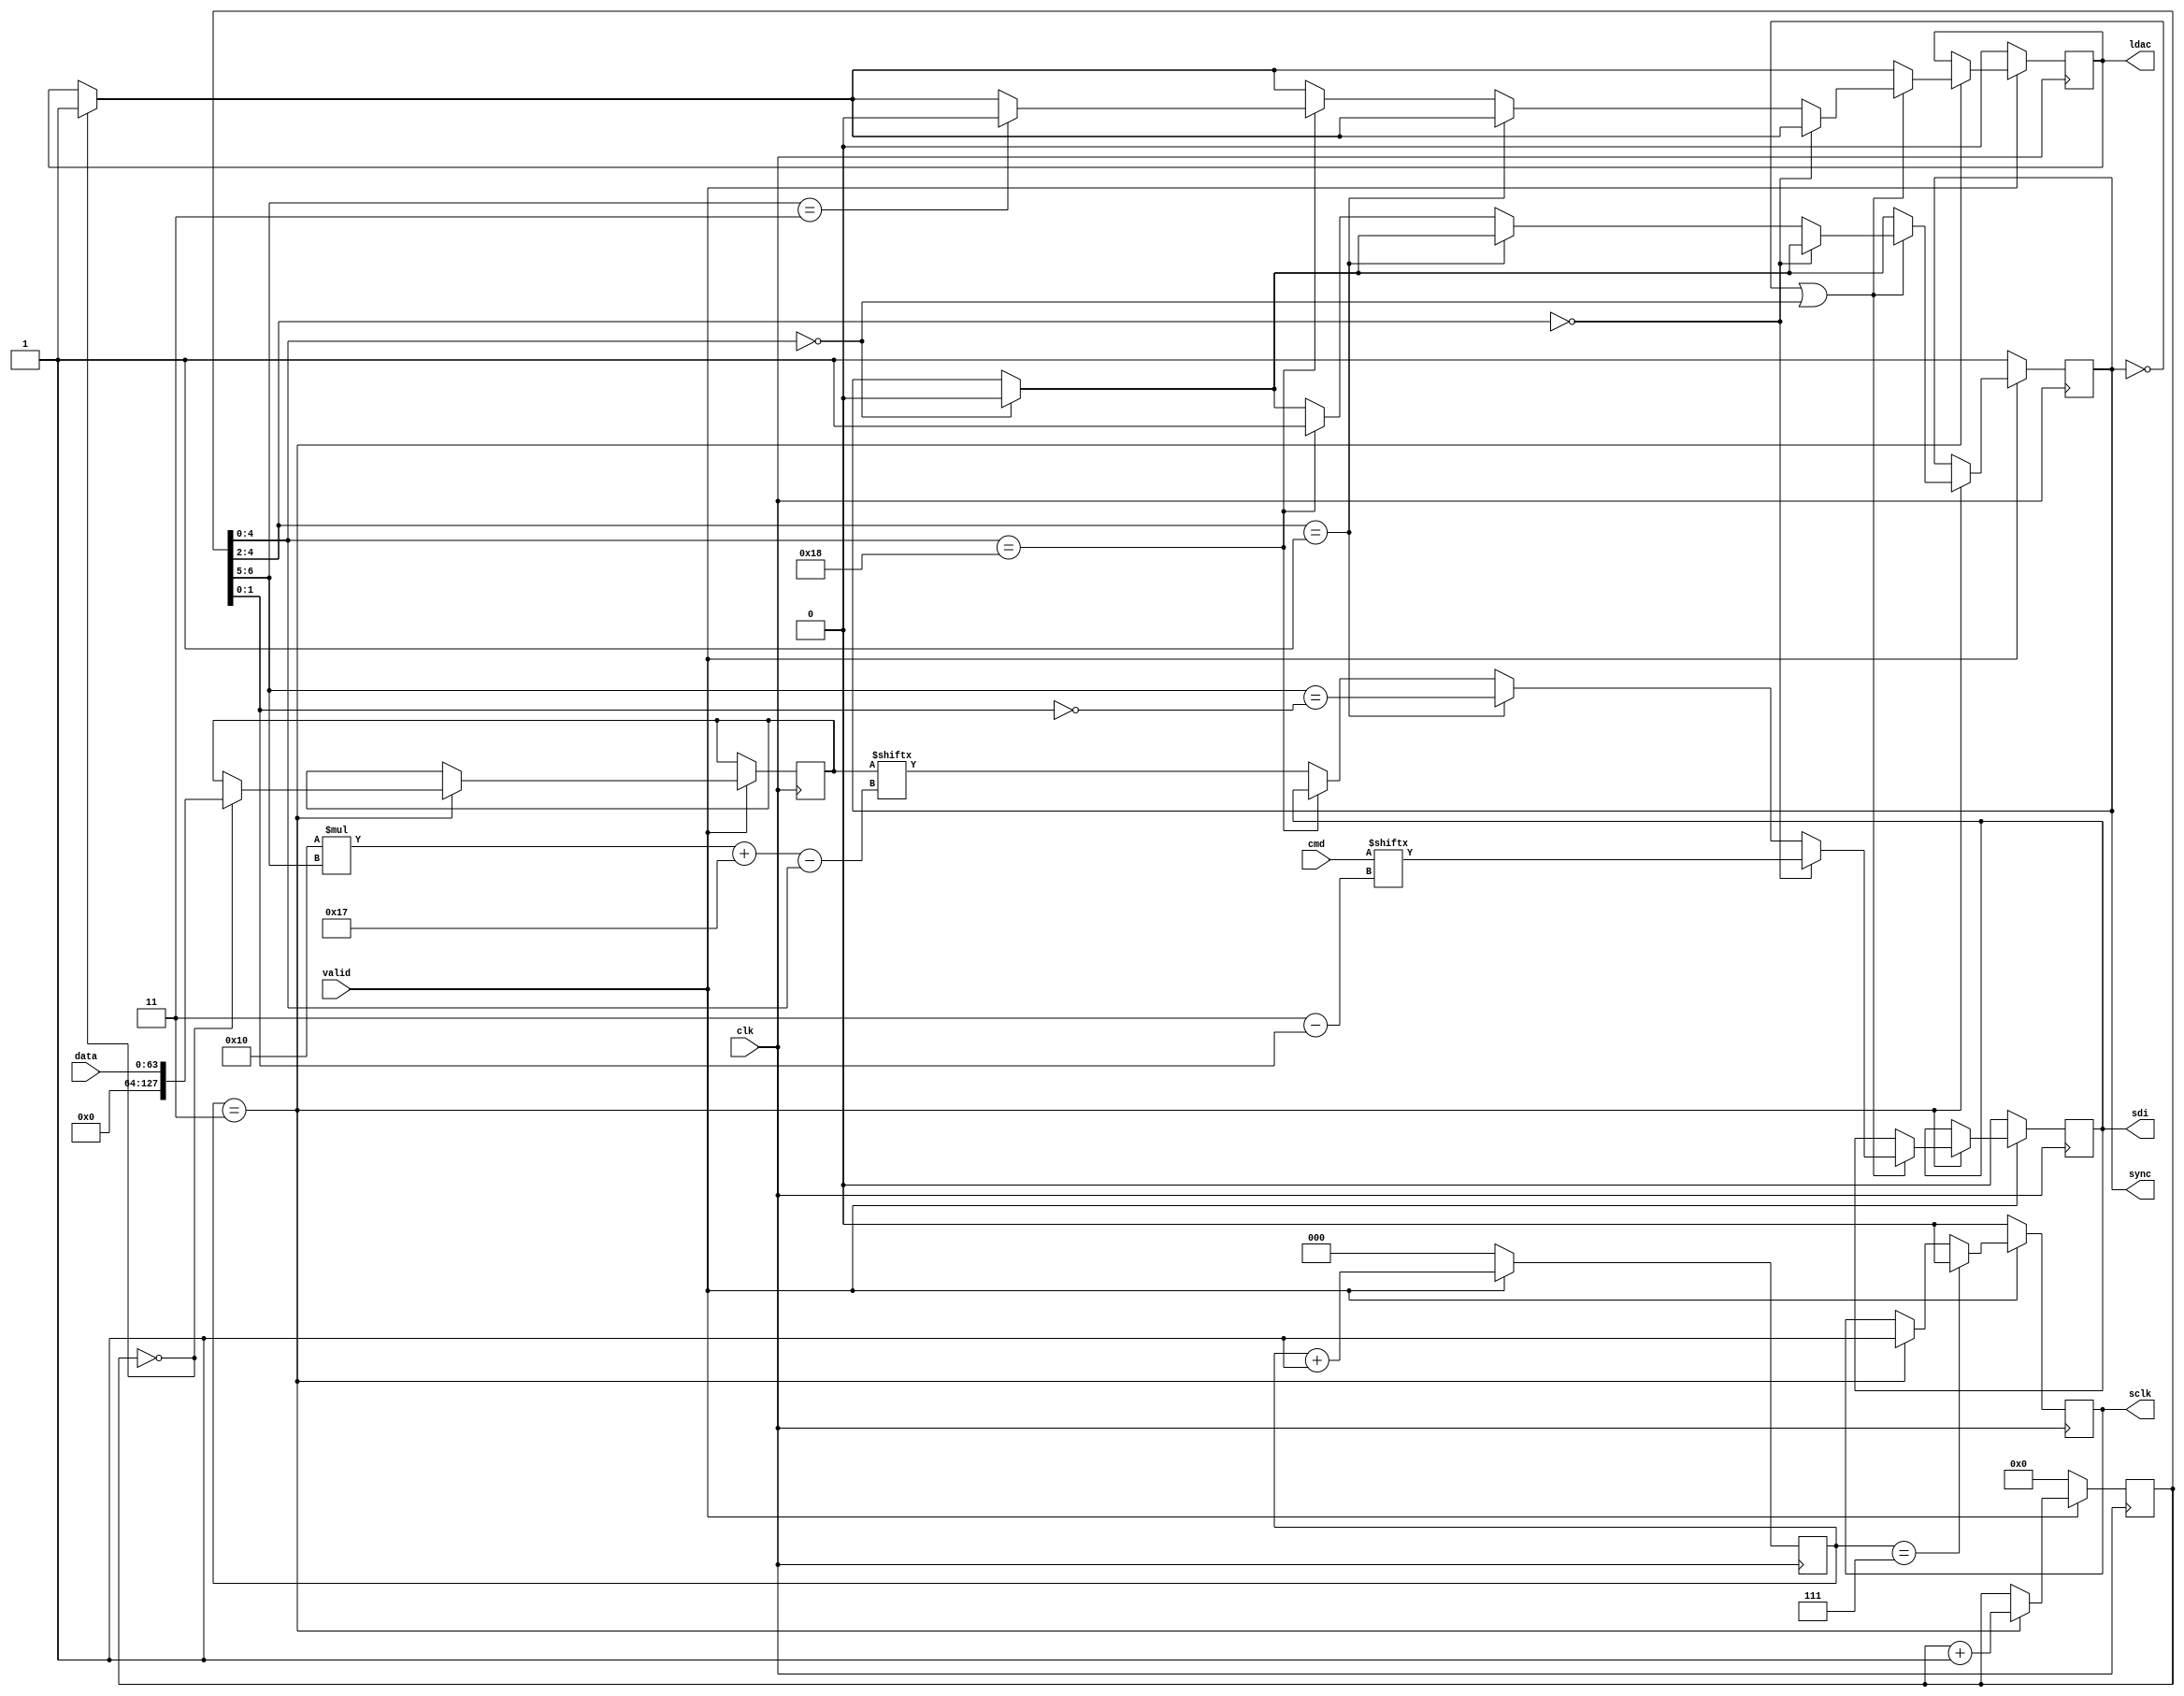
module precision_dac #
(
  parameter CLK_DIV = 3
)
(
  input wire                      clk,
  input wire [16*4-1:0]           data,
  input wire                      valid,
  input wire [4-1:0]              cmd,
  output reg                      sync,
  output reg                      sclk,
  output reg                      sdi,
  output reg                      ldac
);
  reg [16*8-1:0] data_reg;
  reg [4-1:0] cmd_reg;
  reg [CLK_DIV-1:0] cnt_clk  = 0; 
  reg [7-1: 0] cnt_sclk = 0;
  initial sync = 1'b1;
  always @(posedge clk) begin
    if (valid == 1'b1) begin
      cnt_clk <= cnt_clk + 1;
      if (cnt_clk == {{1'b0}, {(CLK_DIV-1){1'b1}}}) begin
        sclk <= 1'b1;
        if (cnt_sclk == {(7){1'b0}}) begin
          ldac <= 1'b1;
          cmd_reg <= cmd;
          data_reg <= data;
        end
        if (cnt_sclk[5-1:0] == {(5){1'b0}}) begin
          sync <= 1'b0;
        end
        cnt_sclk <= cnt_sclk + 1;
        if (sync == 1'b0 | cnt_sclk[5-1:0] == {(5){1'b0}}) begin
          if (cnt_sclk[5-1:2] == 3'b000) begin
            sdi <= cmd[3-cnt_sclk[2-1:0]]; 
          end else if (cnt_sclk[5-1:2] == 3'b001) begin
            sdi <= (cnt_sclk[7-1:5] == ~cnt_sclk[2-1:0]);
          end else if (cnt_sclk[5-1:0] == 5'b11000) begin
            sync <= 1'b1;
            if (cnt_sclk[7-1:5] == 3'b11) begin
              ldac <= 1'b0;
            end
          end else begin
            sdi <= data_reg[16*cnt_sclk[7-1:5] + 23 - cnt_sclk[5-1:0]];
          end
        end
      end
      if (cnt_clk == {(CLK_DIV){1'b1}}) begin
        sclk <= 1'b0;
      end
    end else begin 
      cnt_clk <= 0;
      cnt_sclk <= 0;
      sync <= 1;
      sdi <= 0;
      ldac <= 0;
      sclk <= 0;
    end
  end
endmodule